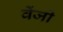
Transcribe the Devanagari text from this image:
वेंजी